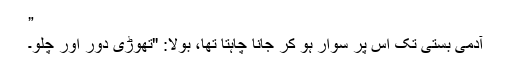
”
آدمی بستی تک اس پر سوار ہو کر جانا چاہتا تھا، بولا: "تھوڑی دور اور چلو۔